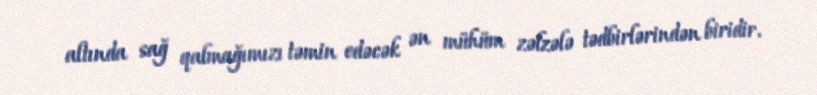
altında sağ qalmağımızı təmin edəcək ən mühüm zəlzələ tədbirlərindən biridir.